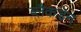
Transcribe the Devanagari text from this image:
ब्लैकडेन